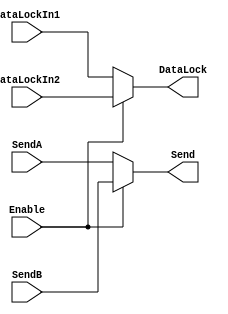
`timescale 1ns/1ps
//**************************************************************//
//**************************************************************//
//Project Name: Novel ECT Hardware Design
//
//Design  Name: ECTNew
//Module  Name: DemodCtrl
//Target Devices: EP3C25F324C8
//Tool versions: 13.1
//Descriptions: Digital Demodulation Control.
//Revision:
//**************************************************************//
//**************************************************************//

module UARTArbitrate
(
    DataLockIn1, DataLockIn2, DataLock, 
	 SendA, SendB, Send,
	 Enable
);
    //Parameters
	 
	 //Define
	 
	 input Enable;
	 input DataLockIn1, DataLockIn2;
	 input [7:0] SendA;
	 input [7:0] SendB;
	 
	 output DataLock;
	 output [7:0] Send;
	 
	 assign DataLock = Enable? DataLockIn2 : DataLockIn1;
	 assign Send = Enable? SendB : SendA;
	 
endmodule